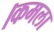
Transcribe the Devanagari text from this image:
।कमला